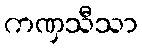
ကဏှသီသာ